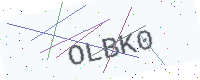
Text: OLBK0